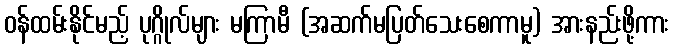
ဝန်ထမ်းနိုင်မည့် ပုဂ္ဂိုလ်များ မကြာမီ (အဆက်မပြတ်သေးစေကာမူ) အားနည်းဖို့ကား